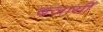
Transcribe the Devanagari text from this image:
बजायीं